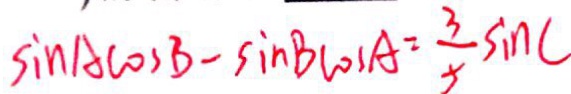
\sin A \cos B - \sin B \cos A = \frac { 3 } { 5 } \sin C